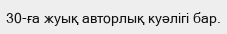
30-ға жуық авторлық куәлігі бар.